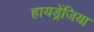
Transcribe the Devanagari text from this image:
हायड्रेंजिया